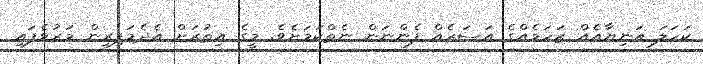
ކަހަލަ އަނިޔާއެއް ޒަހަމެއްގެ އަސަރެއް ފެންނަން ނެތްކަމަށެވެ. މީގެ އިތުރަށް އެދެމަފިރިން މަރުވެފައި